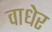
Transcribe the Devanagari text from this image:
वाधेर